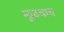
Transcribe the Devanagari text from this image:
मूळचाच